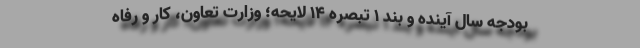
بودجه سال‌ آینده و بند ۱ تبصره ۱۴ لایحه؛ وزارت تعاون، کار و رفاه